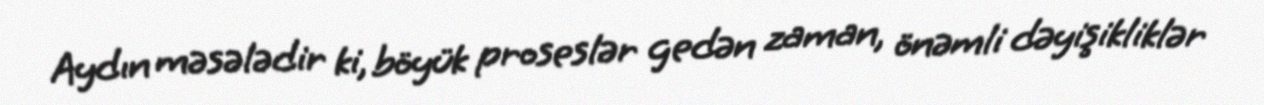
Aydın məsələdir ki, böyük proseslər gedən zaman, önəmli dəyişikliklər